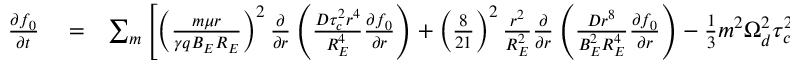
\begin{array} { r l r } { \frac { \partial f _ { 0 } } { \partial t } } & { { } = } & { \sum _ { m } \left[ \left( \frac { m \mu r } { \gamma q B _ { E } R _ { E } } \right) ^ { 2 } \frac { \partial } { \partial r } \left( \frac { D \tau _ { c } ^ { 2 } r ^ { 4 } } { R _ { E } ^ { 4 } } \frac { \partial f _ { 0 } } { \partial r } \right) + \left( \frac { 8 } { 2 1 } \right) ^ { 2 } \frac { r ^ { 2 } } { R _ { E } ^ { 2 } } \frac { \partial } { \partial r } \left( \frac { D r ^ { 8 } } { B _ { E } ^ { 2 } R _ { E } ^ { 4 } } \frac { \partial f _ { 0 } } { \partial r } \right) - \frac { 1 } { 3 } m ^ { 2 } \Omega _ { d } ^ { 2 } \tau _ { c } ^ { 2 } \frac { D r ^ { 9 } } { B _ { E } ^ { 2 } R _ { E } ^ { 6 } } \frac { \partial f _ { 0 } } { \partial r } \right] . } \end{array}